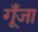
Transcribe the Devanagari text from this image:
गूँजा